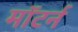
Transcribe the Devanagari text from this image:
मॉटर्न